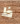
ظ